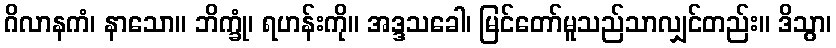
ဂိလာနကံ၊ နာသော။ ဘိက္ခုံ၊ ရဟန်းကို။ အဒ္ဒသခေါ၊ မြင်တော်မူသည်သာလျှင်တည်း။ ဒိသွာ၊